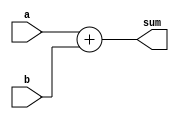
module add32(a,b,sum);
	input [31:0] a,b;
	output [31:0] sum;
	assign sum=a+b;
endmodule